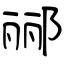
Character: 郦